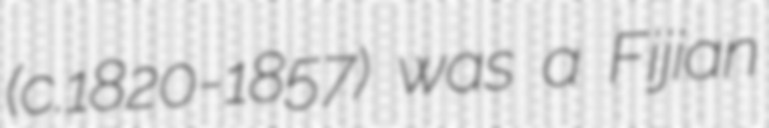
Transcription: (c.1820-1857) was a Fijian